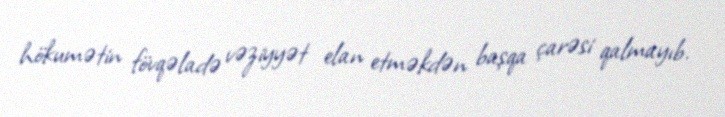
hökumətin fövqəladə vəziyyət elan etməkdən başqa çarəsi qalmayıb.